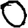
Digit: 0